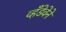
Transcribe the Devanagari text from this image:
व्हँडेवेने